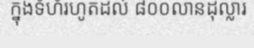
ក្នុងទំហំរហូតដល់ ៨០០លានដុល្លារ